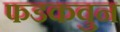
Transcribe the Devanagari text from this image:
फडकवुन